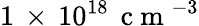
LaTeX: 1\, \times\, 10^{18}\, \mathrm{~c~m~}^{-3}